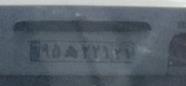
۹۵ه۲۲۱۲۱